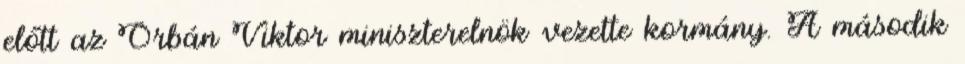
előtt az Orbán Viktor miniszterelnök vezette kormány. A második